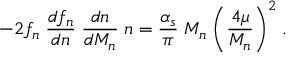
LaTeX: - 2 f _ { n } \; \frac { d f _ { n } } { d n } \; \frac { d n } { d M _ { n } } \; n = \frac { \alpha _ { s } } { \pi } \; M _ { n } \; \biggl ( \frac { 4 \mu } { M _ { n } } \biggr ) ^ { 2 } \; .